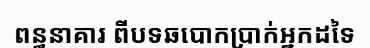
ពន្ធនាគារ ពីបទឆបោកប្រាក់អ្នកដទៃ